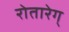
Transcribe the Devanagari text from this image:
रोतारेग्